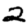
Digit: 2